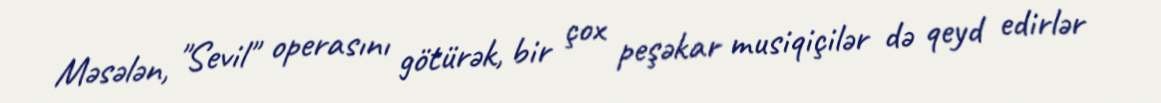
Məsələn, "Sevil" operasını götürək, bir çox peşəkar musiqiçilər də qeyd edirlər